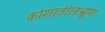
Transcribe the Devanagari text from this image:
कोशातीलभ्रूण